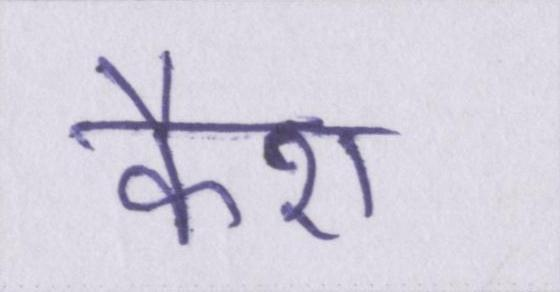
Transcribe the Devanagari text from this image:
कैश